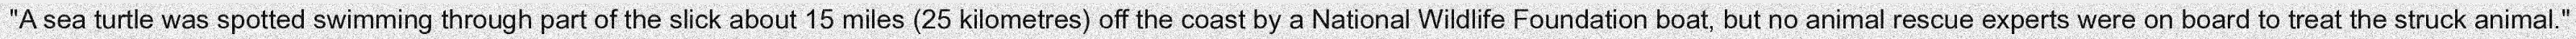
"A sea turtle was spotted swimming through part of the slick about 15 miles (25 kilometres) off the coast by a National Wildlife Foundation boat, but no animal rescue experts were on board to treat the struck animal."